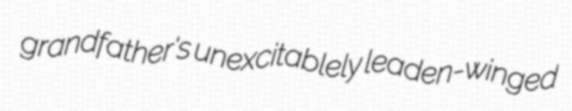
grandfather's unexcitablely leaden-winged